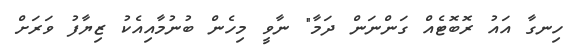
ހިނގާ އައު ރޮބޮޓެއް ގަންނަން ދަމާ" ނާވީ މިހެން ބުނުމާއިއެކު ޒިޔާފު ވަރަށް